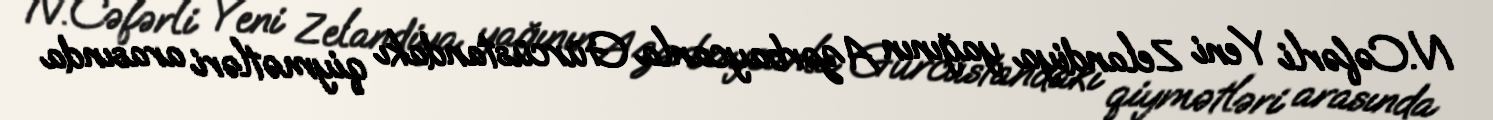
N.Cəfərli Yeni Zelandiya yağının Azərbaycanla Gürcüstandakı qiymətləri arasında